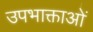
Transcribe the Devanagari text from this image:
उपभाक्ताओं